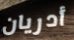
أدريان